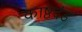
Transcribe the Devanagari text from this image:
काष्ठदंड